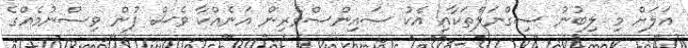
އަލަށް މި ލިބުނު ސިގްނަލްތަކާއި އެކު ސައިންސްވެރިން އަނެއްކާ ވެސް ފުން ވިސްނުމެެއްގެ